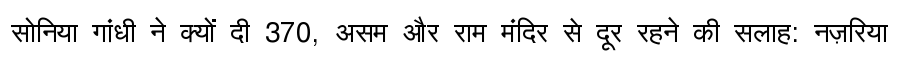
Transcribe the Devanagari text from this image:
सोनिया गांधी ने क्यों दी 370, असम और राम मंदिर से दूर रहने की सलाह: नज़रिया